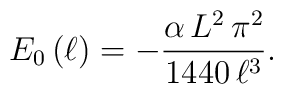
E_{0}\left( \ell \right) =-\frac{\alpha \, L^{2}\, \pi ^{2}}{1440\, \ell ^{3}}.